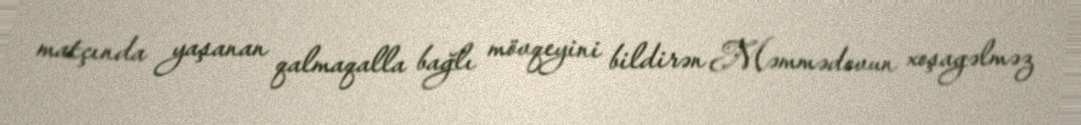
matçında yaşanan qalmaqalla bağlı mövqeyini bildirən Məmmədovun xoşagəlməz